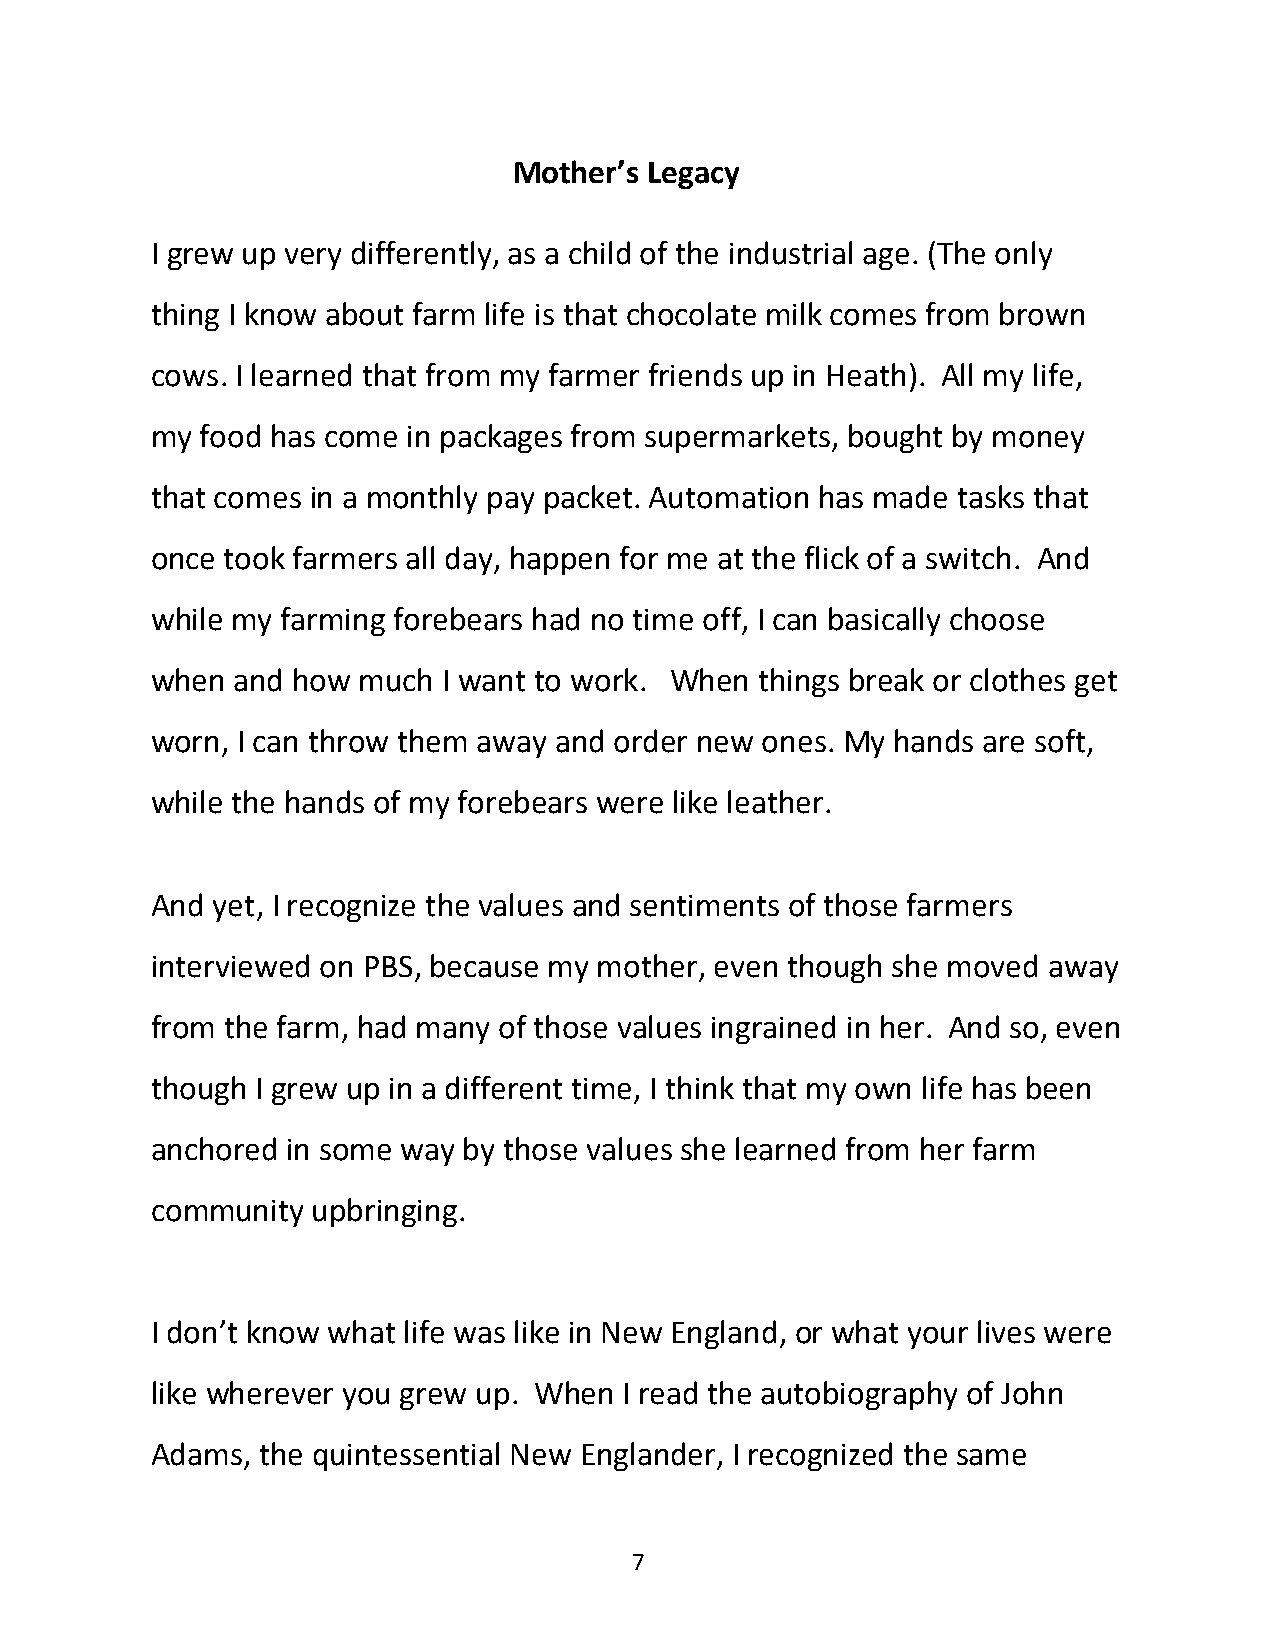
Mother’s Legacy
 I grew up very differently, as a child of the industrial age. (The only
 thing I know about farm life is that chocolate milk comes from brown
 cows. I learned that from my farmer friends up in Heath). All my life,
 my food has come in packages from supermarkets, bought by money
 that comes in a monthly pay packet. Automation has made tasks that
 once took farmers all day, happen for me at the flick of a switch. And
 while my farming forebears had no time off, I can basically choose
 when and how  much I want to work. When things break or clothes get
 worn, I can throw them away and order new ones. My hands are soft,
 while the hands of my forebears were like leather.
 And yet, I recognize the values and sentiments of those farmers
 interviewed on PBS, because my mother, even though she moved away
 from the farm, had many of those values ingrained in her. And so, even
 though I grew up in a different time, I think that my own life has been
 anchored in some way by those values she learned from her farm
 community  upbringing.
 I don’t know what life was like in New England, or what your lives were
 like wherever you grew up. When I read the autobiography of John
 Adams, the quintessential New Englander, I recognized the same
 7